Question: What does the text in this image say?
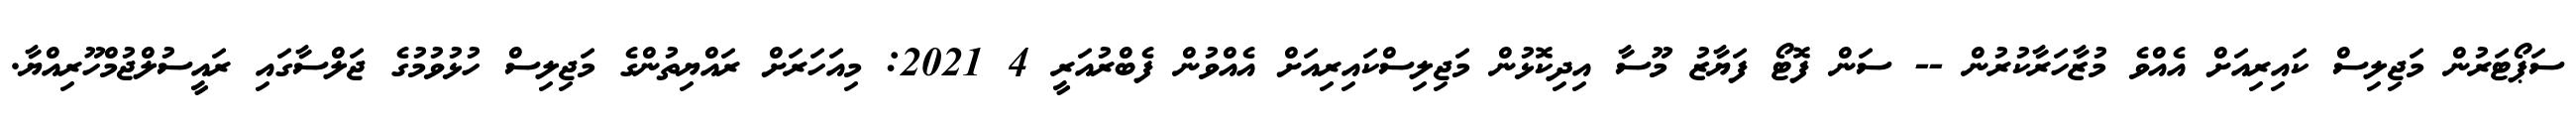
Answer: ސަޕޯޓަރުން މަޖިލިސް ކައިރިއަށް އެއްވެ މުޒާހަރާކުރުން -- ސަން ފޮޓޯ ފަޔާޒު މޫސާ އިދިކޮޅުން މަޖިލިސްކައިރިއަށް އެއްވުން ފެބްރުއަރީ 4 2021: މިއަހަރަށް ރައްޔިތުންގެ މަޖިލިސް ހުޅުވުމުގެ ޖަލްސާގައި ރައީސުލްޖުމްހޫރިއްޔާ.